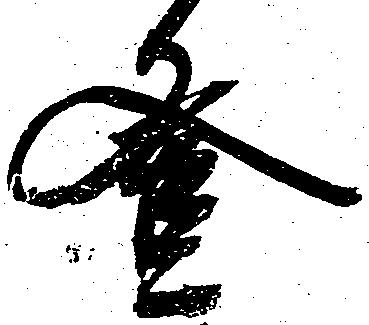
登